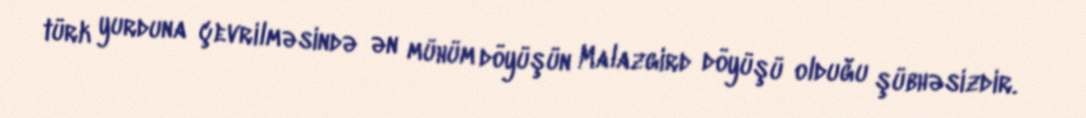
türk yurduna çevrilməsində ən mühüm döyüşün Malazgird döyüşü olduğu şübhəsizdir.